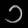
Digit: ၁